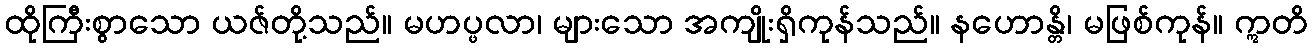
ထိုကြီးစွာသော ယဇ်တို့သည်။ မဟပ္ဖလာ၊ များသော အကျိုးရှိကုန်သည်။ နဟောန္တိ၊ မဖြစ်ကုန်။ ဣတိ